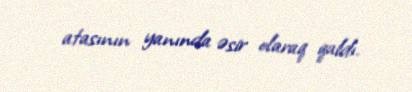
atasının yanında əsir olaraq qaldı.